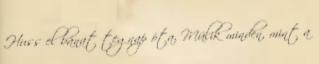
Huss el bánat tegnap óta, Múlik minden, mint a